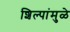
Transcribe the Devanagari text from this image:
शिल्पांमुळे